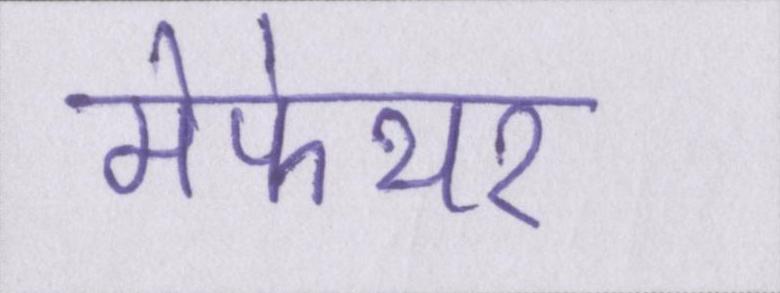
मेफेयर